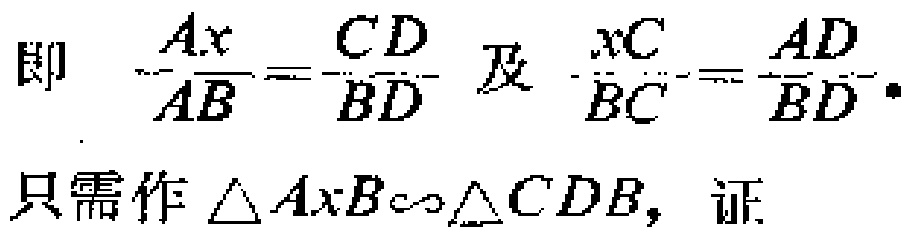
即 \(\frac{Ax}{AB}=\frac{CD}{BD}\) 及 \(\frac{xC}{BC}=\frac{AD}{BD}\)。
只需作 \(\triangle AxB\sim\triangle CDB\)，证